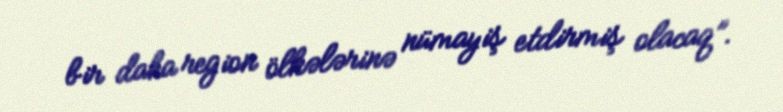
bir daha region ölkələrinə nümayiş etdirmiş olacaq”.